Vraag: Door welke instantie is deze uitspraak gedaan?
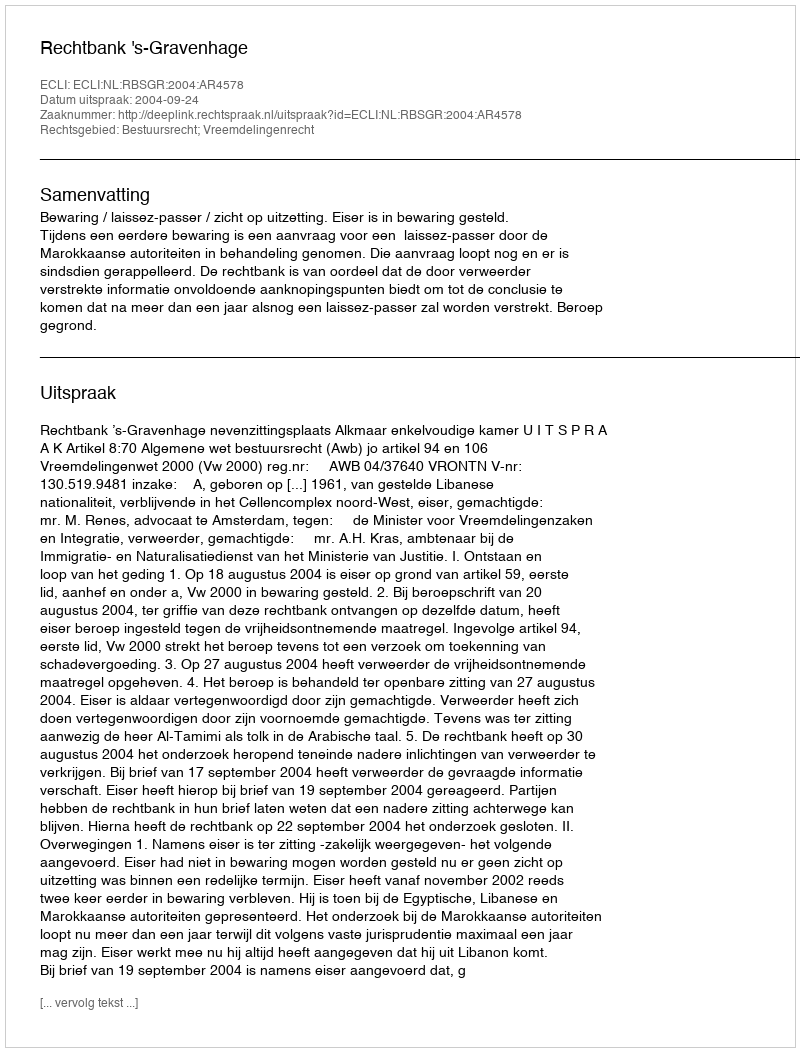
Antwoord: Rechtbank 's-Gravenhage